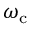
\omega _ { \mathrm { c } }